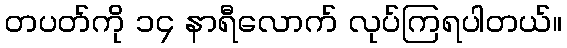
တပတ်ကို ၁၄ နာရီလောက် လုပ်ကြရပါတယ်။